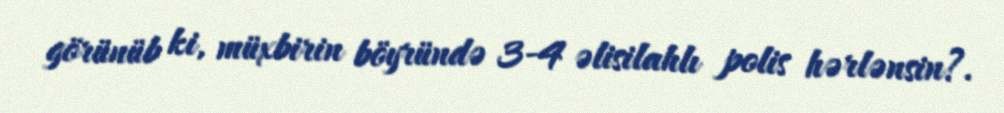
görünüb ki, müxbirin böyründə 3-4 əlisilahlı polis hərlənsin?.